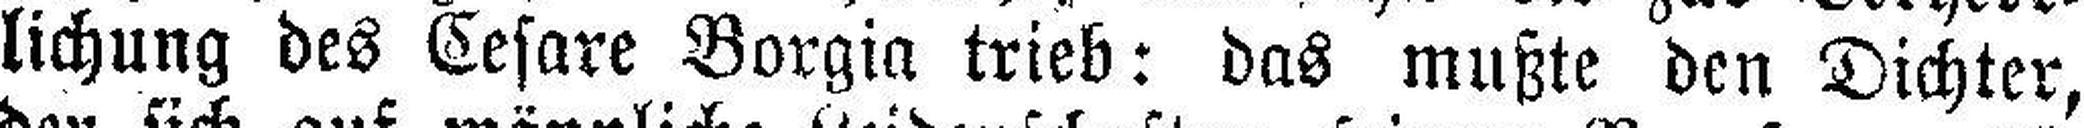
lichung des Cesare Borgia trieb: das mußte den Dichter,